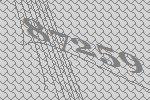
87259